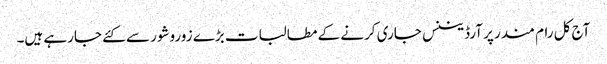
آج کل رام مندر پر آرڈیننس جاری کرنے کے مطالبات بڑے زوروشور سے کئے جارہے ہیں۔